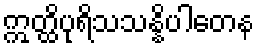
ဣတ္ထိပုရိသသန္နိပါတေန